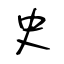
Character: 史